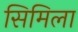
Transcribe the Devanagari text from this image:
सिमिला